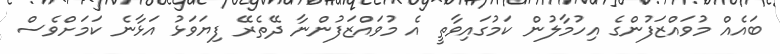
ބައެއް މުވައްޒަފުންގެ އިހުމާލުން ކަމުގައިވާތީ އެ މުވައްޒަފުންނާ ދޭތެރޭ ފިޔަވަޅު އަޅާނެ ކަމަށްވެސް